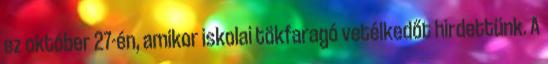
ez október 27-én, amikor iskolai tökfaragó vetélkedőt hirdettünk. A